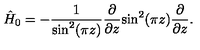
\hat { H } _ { 0 } = - \frac { 1 } { \mathrm { s i n } ^ { 2 } ( \pi z ) } \frac { \partial } { \partial z } \mathrm { s i n } ^ { 2 } ( \pi z ) \frac { \partial } { \partial z } .